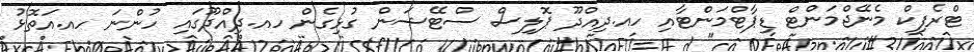
ޓްރެފިކް މެނޭޖްމަންޓް ޑިޕާޓްމަންޓާއި ހއ.ދިއްދޫ ޕޮލިސް ސްޓޭޝަން ގުޅިގެން ހއ.ދިއްދޫގައި ހުންނަ ހއ.އަތޮޅު